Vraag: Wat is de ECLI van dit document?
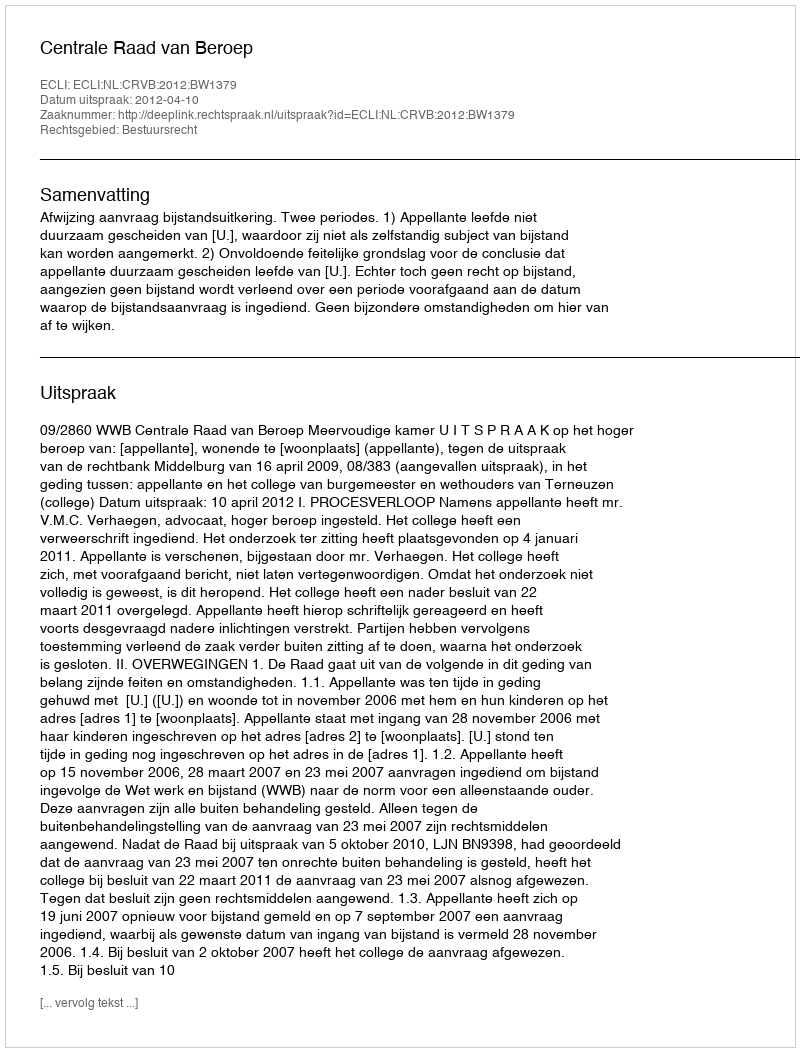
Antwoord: ECLI:NL:CRVB:2012:BW1379